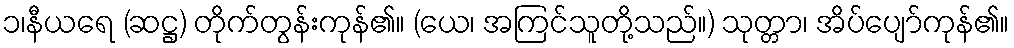
၁၊နီယရေ (ဆဋ္ဌ) တိုက်တွန်းကုန်၏။ (ယေ၊ အကြင်သူတို့သည်။) သုတ္တာ၊ အိပ်ပျော်ကုန်၏။